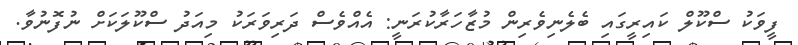
ފީވަކު ސްކޫލް ކައިރީގައި ބެލެނިވެރިން މުޒާހަރާކުރަނީ: އެއްވެސް ދަރިވަރަކު މިއަދު ސްކޫލަކަށް ނުފޮނުވާ.